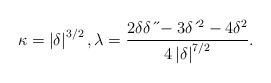
LaTeX: \begin{align*}\kappa=\left \vert \delta \right \vert ^{3/2},\lambda=\frac{2\delta \delta \,\acute{}\,\acute{}-3\delta \,\acute{}\,^{2}-4\delta^{2}}{4\left \vert \delta \right \vert ^{7/2}}. \end{align*}